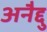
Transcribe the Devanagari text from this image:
अनैद्दु